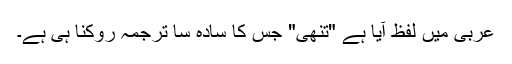
عربی میں لفظ آیا ہے "تنھی" جس کا سادہ سا ترجمہ روکنا ہی ہے۔